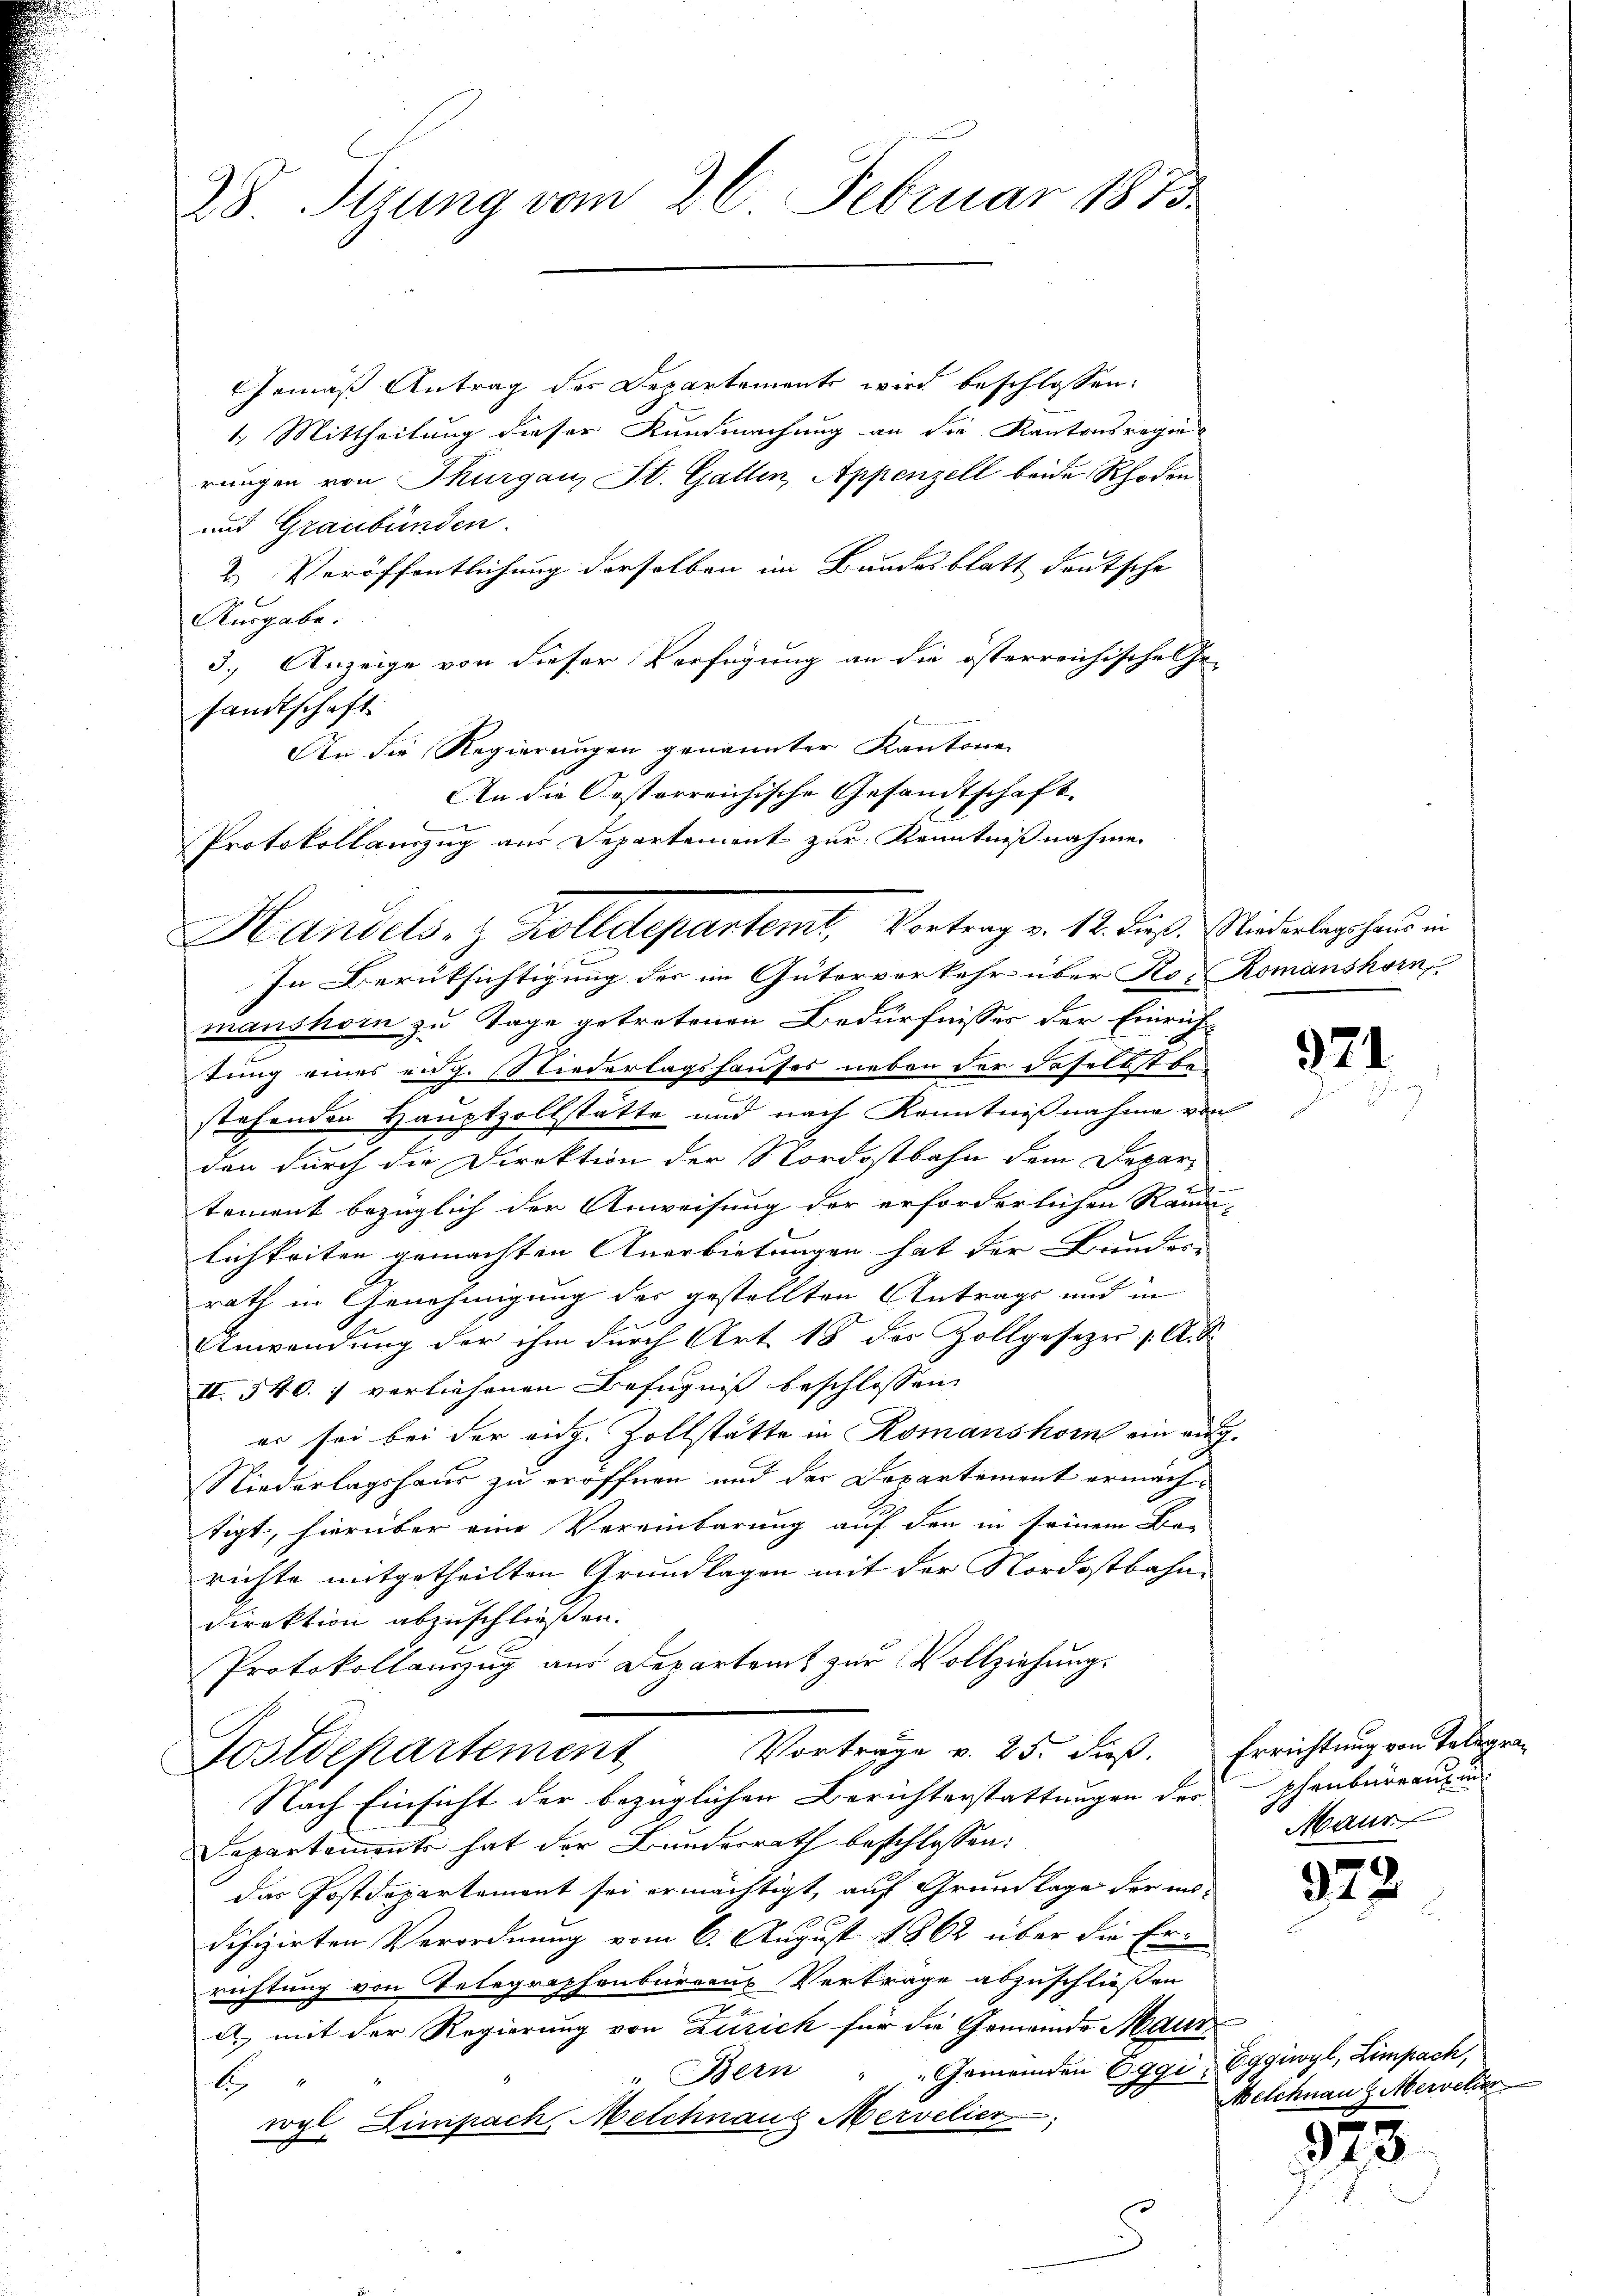
28. Sizung vom 26. Februar 1873.

Gemäß Antrag des Departements wird beschlossen:
1. Mittheilung dieser Kundmachung an die Kantonsregierungen von Thurgau, St. Gallen, Appenzell beide Rhoden
und Graubünden.
2. Veröffentlichung derselben im Bundesblatt deutsche
Ausgabe.
3.) Anzeige von dieser Verfügung an die österreichischel he-
sandtschaft
An die Regierungen genannter Kantone
An die Oesterreichische Gesandtschaft
Protokollamzug aus Departement zur Kenntnißnahme.

Handels- & Zolldepartemt, Vortrag v. 12. dieß. Wiederlagshaus in

In Berüksichtigung der im Güterverkehr über Ro- Romanshorn,
manshorn zu Tage getretenen Bedürfnisses der Einrichtung eines eidg. Niederlagshauses neben der daselbst bestehenden Hauptzollstätte und nach Kenntnißnahme von
den durch die Direktion der Nordostbahn dem Depar-
tement bezüglich der Anweisung der erforderlichen Räum-
lichkeiten gemachten Anerbietungen hat der Bunder- |
rath in Genehmigung der gestellten Antrags und in
Anwendung der ihm durch Art. 18 des Zollgesezer, A. S.
II. 540. 7 vorliehenen Befugnis beschlossen
er sei bei der eng. Zollstätte in Romanshorn ein eig
Niederlagshaus zu eröffnen und der Departement ermächtigt, hierüber eine Vereinbarung auf den in seinem Be-
richte mitgetheilten Grundlagen mit der Nordostbahn-
Direktion abzuschließen.
Protokollanzug aus Departamt zur Vollziehung.
Vorträge v. 25. dieß. Errichtung von Telegra-
Postdepartement
Nach Einsicht der bezüglichen Berichterstattungen des
Departemente hat der Bundesrath beschlossen:
das Postdepartement sei ermächtigt, auf Grundlage der indifizirten Verordnung vom 6. August 1862 über die Er-
richtung von Telegraphenburgus Verträge abzuschließen
d) mit der Regierung von Zürich für die Gemeinde Maur
". Bein " " Gemeinden Eggi Eggiwyl, Limpach,
A
wogl. Limpach, Melchnang Mervelier

924

phenbureau
Maur

372.

Melchnau & Mervelier

5
s

3